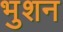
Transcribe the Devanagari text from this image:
भुशन